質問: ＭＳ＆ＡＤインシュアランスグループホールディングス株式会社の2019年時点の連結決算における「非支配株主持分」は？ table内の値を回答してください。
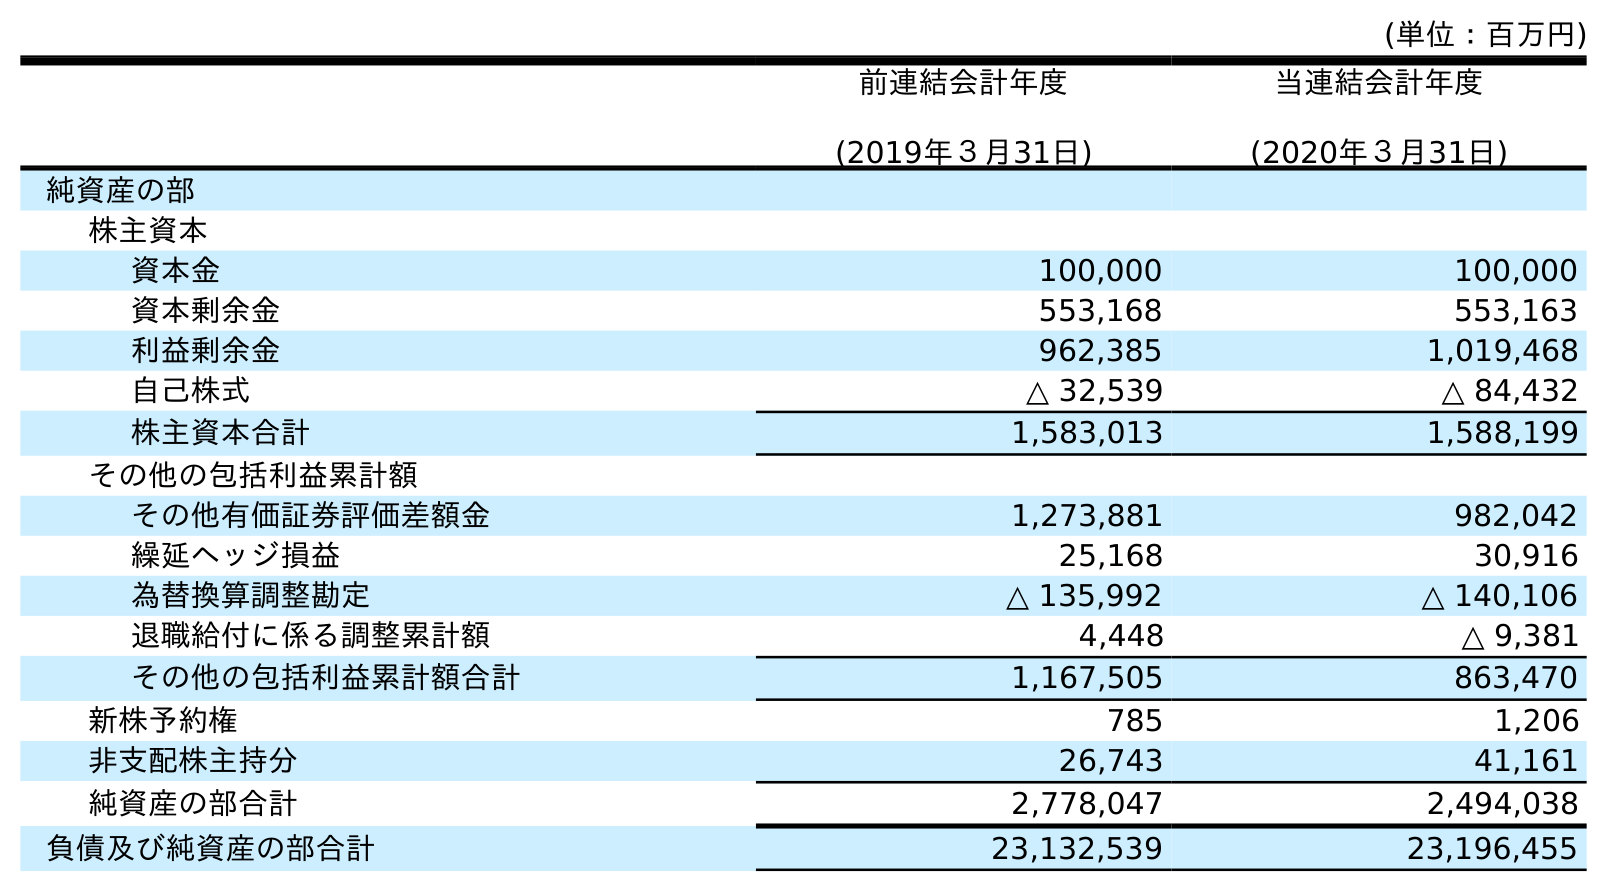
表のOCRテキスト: (単位：百万円) 前連結会計年度 (2019年３月31日) 当連結会計年度 (2020年３月31日) 純資産の部 株主資本 資本金 100,000 100,000 資本剰余金 553,168 553,163 利益剰余金 962,385 1,019,468 自己株式 △ 32,539 △ 84,432 株主資本合計 1,583,013 1,588,199 その他の包括利益累計額 その他有価証券評価差額金 1,273,881 982,042 繰延ヘッジ損益 25,168 30,916 為替換算調整勘定 △ 135,992 △ 140,106 退職給付に係る調整累計額 4,448 △ 9,381 その他の包括利益累計額合計 1,167,505 863,470 新株予約権 785 1,206 非支配株主持分 26,743 41,161 純資産の部合計 2,778,047 2,494,038 負債及び純資産の部合計 23,132,539 23,196,455
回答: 26,743